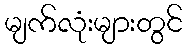
မျက်လုံးများတွင်